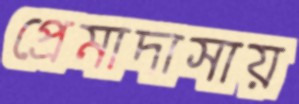
প্রেমাদাসায়